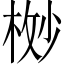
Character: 𬂸